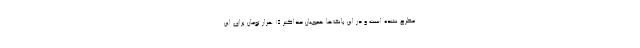
مطرح نشده است و در این بانک‌ها همچنان حداکثر ۱۵ هزار تومان برای این